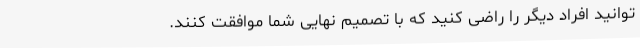
توانید افراد دیگر را راضی کنید که با تصمیم نهایی شما موافقت کنند.